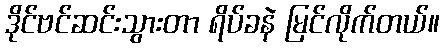
ဒိုင်ဗင်ဆင်းသွားတာ ရိပ်ခနဲ မြင်လိုက်တယ်။